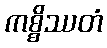
ကစ္စိဿတံ